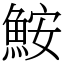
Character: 鮟